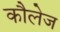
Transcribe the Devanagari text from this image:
कौलेज